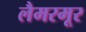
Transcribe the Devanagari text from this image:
लैमरमूर